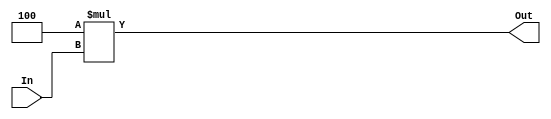
module ShiftLeftBranch(input[31:0] In ,output [31:0] Out);
assign Out = 4*In ;
endmodule